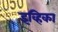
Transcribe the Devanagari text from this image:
इव्हिका